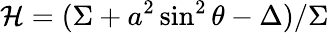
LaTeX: \mathcal{H}=(\Sigma+a^{2}\sin^{2}\theta-\Delta)/\Sigma